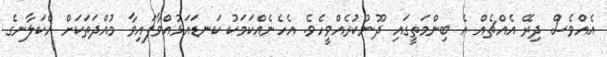
އެއްވެސް ދިރޭ އެއްޗެއް އެ ބިންމަތީގައި ދޫނުކުރެއްވީހެވެ. އެހެނެއްކަމަކު ކަނޑައަޅުއްވާފައިވާ މުއްދަތަކަށް އެކަލާނގެ